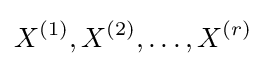
X^{(1)},X^{(2)},\ldots ,X^{(r)}